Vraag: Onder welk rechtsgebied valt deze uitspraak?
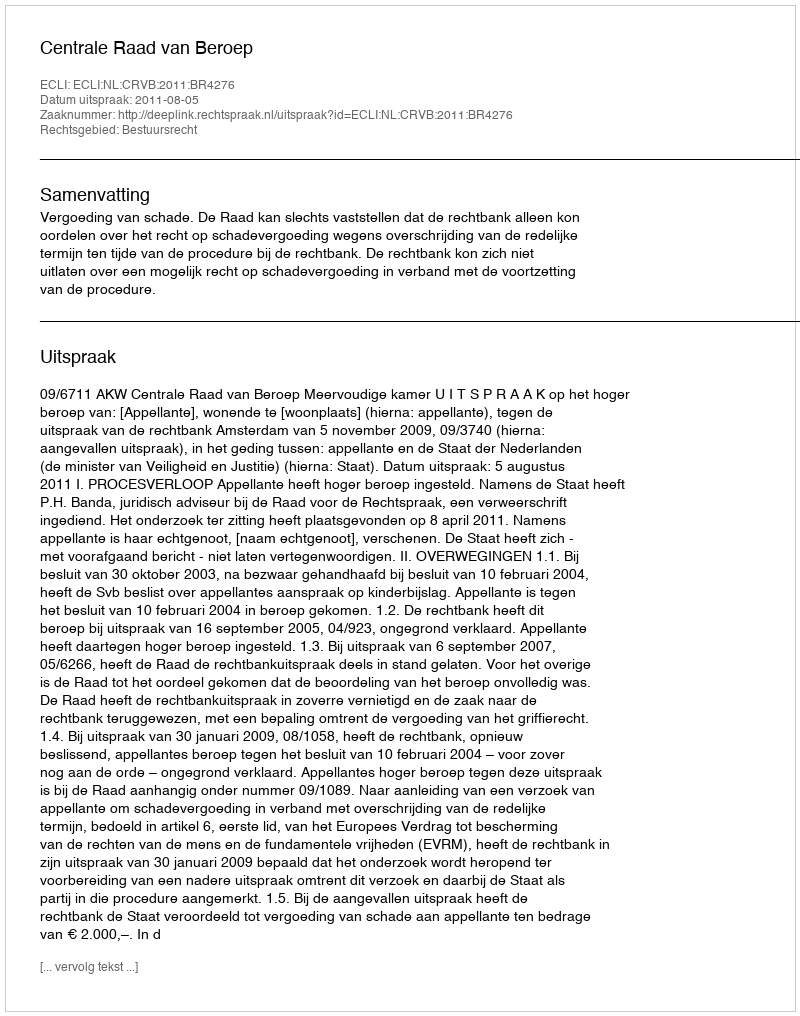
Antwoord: Bestuursrecht